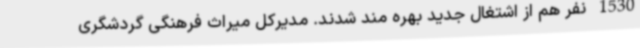
1530 نفر هم از اشتغال جدید بهره مند شدند. مدیرکل میراث فرهنگی گردشگری